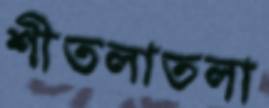
শীতলাতলা